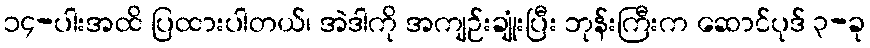
၁၄-ပါးအထိ ပြထားပါတယ်၊ အဲဒါကို အကျဉ်းချုံးပြီး ဘုန်းကြီးက ဆောင်ပုဒ် ၃-ခု